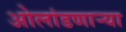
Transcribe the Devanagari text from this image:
ओलांडणाऱ्या